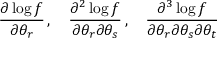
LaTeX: { \frac { \partial \log f } { \partial \theta _ { r } } } \, , \quad { \frac { \partial ^ { 2 } \log f } { \partial \theta _ { r } \partial \theta _ { s } } } \, , \quad { \frac { \partial ^ { 3 } \log f } { \partial \theta _ { r } \partial \theta _ { s } \partial \theta _ { t } } }